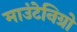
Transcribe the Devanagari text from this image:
माउंटेनिग्रो